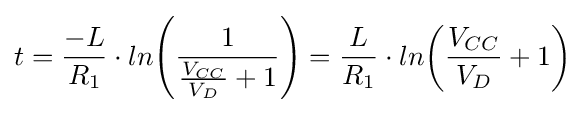
t={-L \over R_{1}}\cdot ln{\left({1 \over {{\frac {V_{CC}}{V_{D}}}+1}}\right)}={L \over R_{1}}\cdot ln{\left({{\frac {V_{CC}}{V_{D}}}+1}\right)}